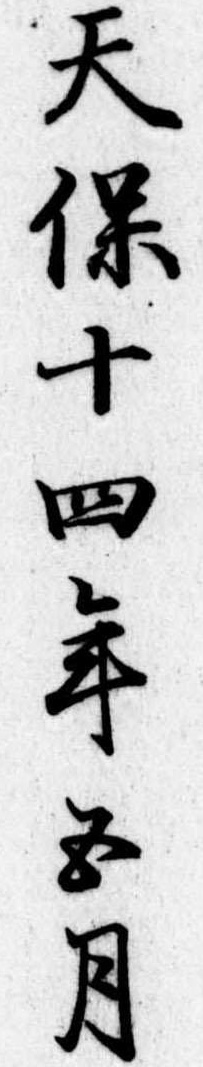
天保十四年五月